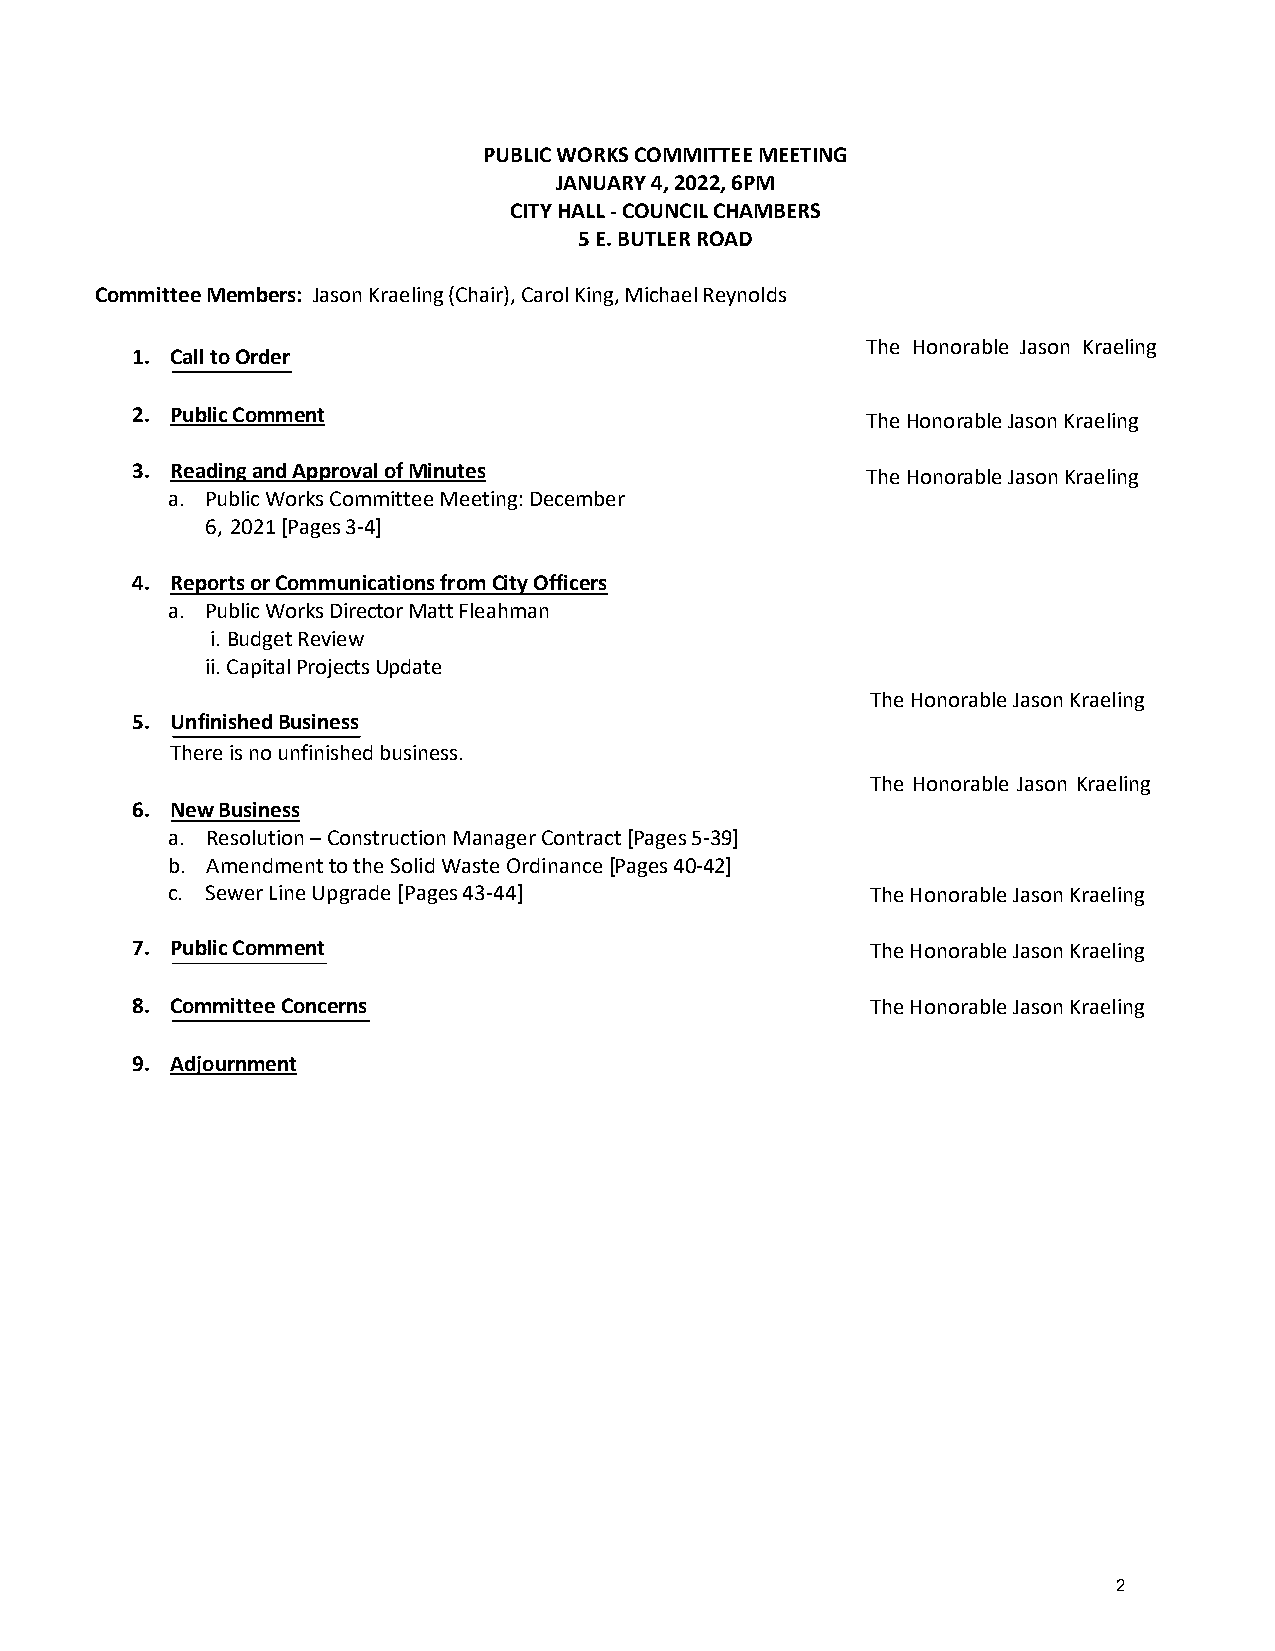
PUBLIC WORKS COMMITTEE MEETING
 JANUARY 4, 2022, 6PM
 CITY HALL - COUNCIL CHAMBERS
 5 E. BUTLER ROAD
 Committee Members: Jason Kraeling (Chair), Carol King, Michael Reynolds
 The Honorable Jason Kraeling
 1. Call to Order
 2. Public Comment                               The Honorable Jason Kraeling
 3. Reading and Approval of Minutes              The Honorable Jason Kraeling
 a. Public Works Committee Meeting: December
 6, 2021 [Pages 3-4]
 4. Reports or Communications from City Officers
 a. Public Works Director Matt Fleahman
 i. Budget Review
 ii. Capital Projects Update
 The Honorable Jason Kraeling
 5. Unfinished Business
 There is no unfinished business.
 The Honorable Jason Kraeling
 6. New Business
 a. Resolution – Construction Manager Contract [Pages 5-39]
 b. Amendment to the Solid Waste Ordinance [Pages 40-42]
 c. Sewer Line Upgrade [Pages 43-44]            The Honorable Jason Kraeling
 7. Public Comment                                The Honorable Jason Kraeling
 8. Committee Concerns                            The Honorable Jason Kraeling
 9. Adjournment
 2